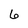
Character: 6